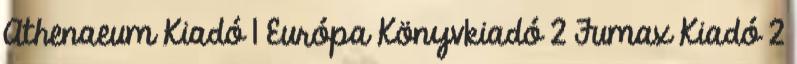
Athenaeum Kiadó 1 Európa Könyvkiadó 2 Fumax Kiadó 2